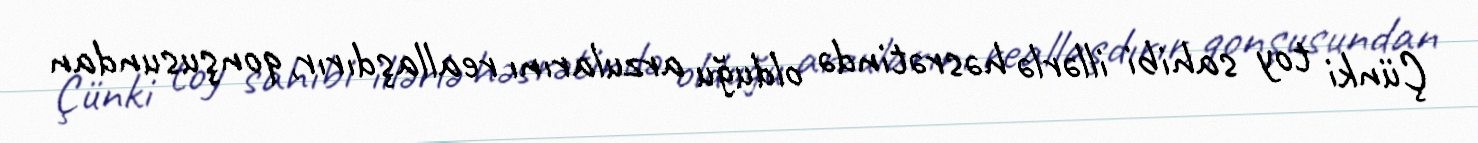
Çünki toy sahibi illərlə həsrətində olduğu arzularını reallaşdırır, qonşusundan